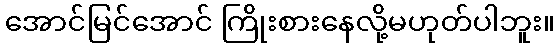
အောင်မြင်အောင် ကြိုးစားနေလို့မဟုတ်ပါဘူး။